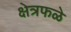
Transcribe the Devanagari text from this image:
क्षेत्रफळे